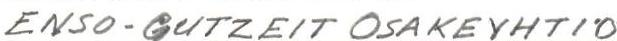
ENSO-GUTZEIT OSAKEYHTIÖ